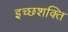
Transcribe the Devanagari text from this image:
इच्छशक्ति